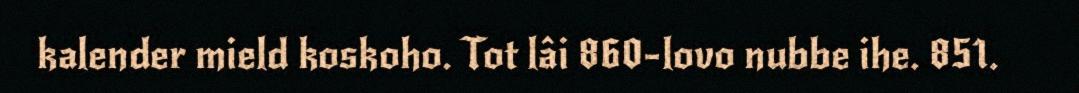
kalender mield koskoho. Tot lâi 860-lovo nubbe ihe. 851.